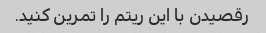
رقصیدن با این ریتم را تمرین کنید.